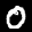
Label: 0